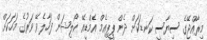
މިރާއްޖޭގެ ސިޔާސީ ކަނޑަކަށް ދެން ޕީޕިއެމް އެމްޑީއޭ ކޯލިޝަން ފަހާލެވޭ ވަރުގެ މަހަކަށް